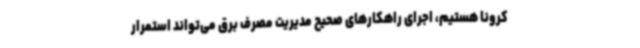
کرونا هستیم، اجرای راهکارهای صحیح مدیریت مصرف برق می‌تواند استمرار